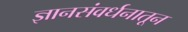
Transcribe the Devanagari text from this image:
ज्ञानसंवर्धनातून